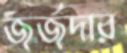
জর্জদার